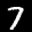
Label: 7